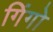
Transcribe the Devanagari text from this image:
गिंगो